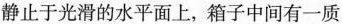
静止于光滑的水平面上，箱子中间有一质